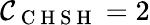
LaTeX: {\cal C}_{\mathrm{~C~H~S~H~}}=2